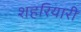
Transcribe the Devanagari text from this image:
शहरियारी